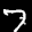
Label: 7